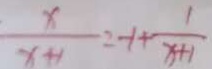
\frac { x } { x + 1 } = - 1 + \frac { 1 } { x + 1 }